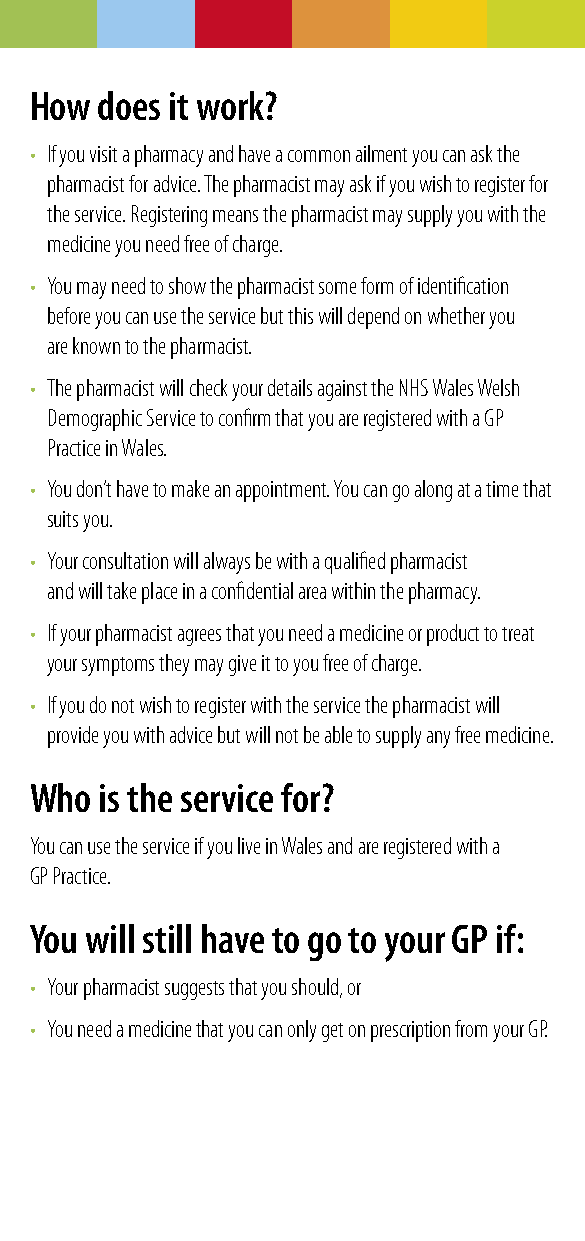
How does it work?
 • If you visit a pharmacy and have a common ailment you can ask the
 pharmacist for advice. The pharmacist may ask if you wish to register for
 the service. Registering means the pharmacist may supply you with the
 medicine you need free of charge.
 • You may need to show the pharmacist some form of identification
 before you can use the service but this will depend on whether you
 are known to the pharmacist.
 • The pharmacist will check your details against the NHS Wales Welsh
 Demographic Service to confirm that you are registered with a GP
 Practice in Wales.
 • You don’t have to make an appointment. You can go along at a time that
 suits you.
 • Your consultation will always be with a qualified pharmacist
 and will take place in a confidential area within the pharmacy.
 • If your pharmacist agrees that you need a medicine or product to treat
 your symptoms they may give it to you free of charge.
 • If you do not wish to register with the service the pharmacist will
 provide you with advice but will not be able to supply any free medicine.
 Who  is the service for?
 You can use the service if you live in Wales and are registered with a
 GP Practice.
 You will still have to go to your GP if:
 • Your pharmacist suggests that you should, or
 • You need a medicine that you can only get on prescription from your GP.